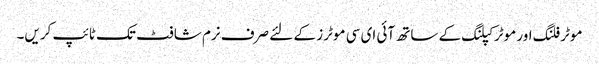
موٹر فلنگ اور موٹر کپلنگ کے ساتھ آئی ای سی موٹرز کے لئے صرف نرم شافٹ تک ٹائپ کریں۔